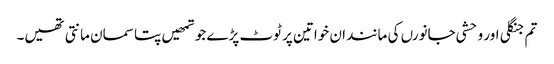
تم جنگلی اور وحشی جانورں کی مانند ان خواتین پر ٹوٹ پڑے جو تمھیں پتا سمان مانتی تھیں۔